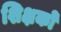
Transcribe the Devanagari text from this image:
शिक्षकोँ